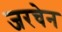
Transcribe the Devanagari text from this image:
जरचेन